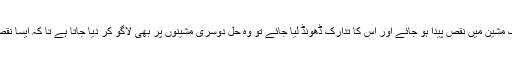
انجنیئرنگ میں اگر کسی ایک مشین میں نقص پیدا ہو جائے اور اس کا تدارک ڈھونڈ لیا جائے تو وہ حل دوسری مشینوں پر بھی لاگو کر دیا جاتا ہے تا کہ ایسا نقص ان میں پیدا نہ ہونے پائے۔